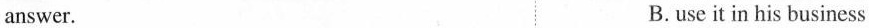
answer. B.use it in his business